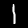
Label: 1